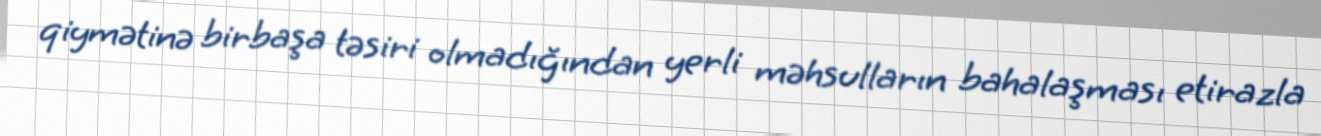
qiymətinə birbaşa təsiri olmadığından yerli məhsulların bahalaşması etirazla